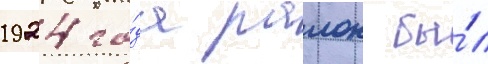
1924 го́да раион бы́л